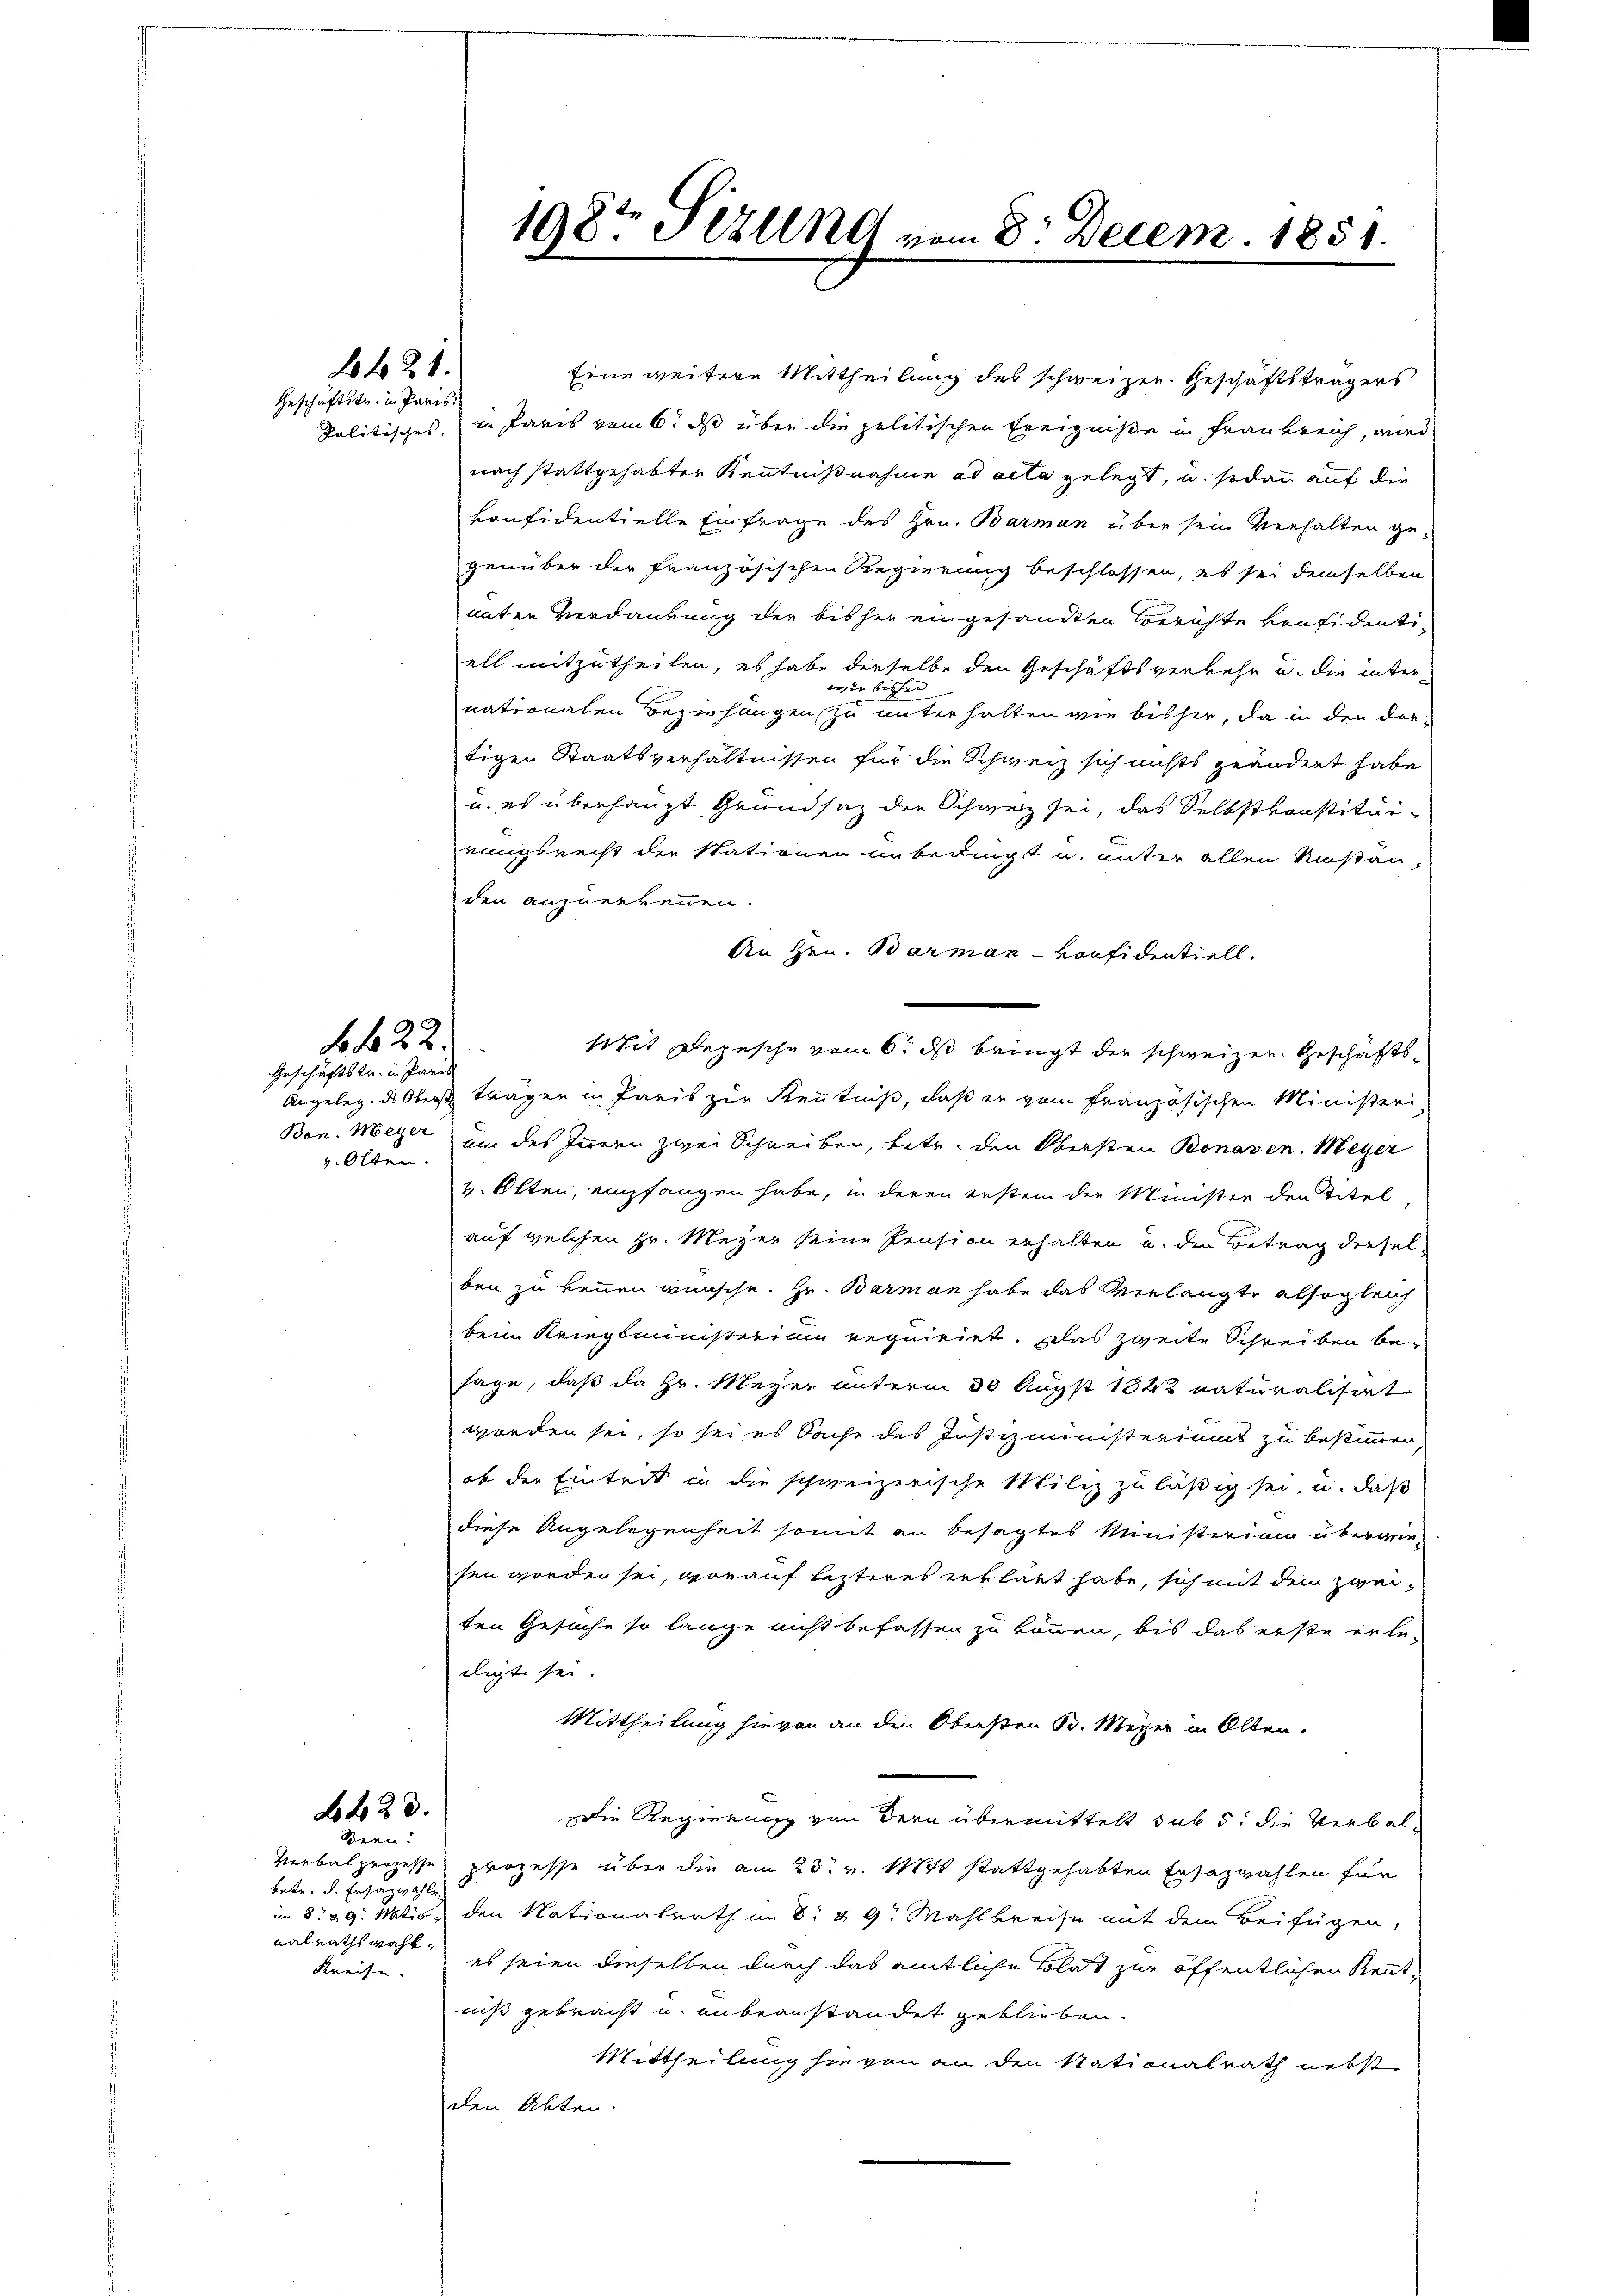
1421.
Geschäftstr. in Paris

v. Olten.

f 622.
Geschäftstr. in Pare

223.
Bern.

betr. d. Erzäzwahle
nalrathswahl
Kreise.

Eine weitere Mittheilung des schweizen. Geschäftsträgers
kolitisches, in Paris vom 6. ds über die politischen Ereigniße in Frankreich, wird
nach stattgehabter Kenntnißnahme ad acta gelegt, u. sodann auf die
konfidentielle Einfrage des Hrn. Barman über sein Verhalten gegenüber der französischen Regierung beschlossen, es sei demselben
nnten Verdankung der bisher eingesandten Berichte vonsidentiell mitzutheilen, es habe derselbe den Geschäftsverkehr u. die interwie bissen
nationalen Beziehungen zu unterhalten wie bisher, da in den dortigen Staatsverhältnissen für die Schweiz sich nichts geändert habe
u. es überhaupt Grundsaz die Schweiz sei, das Selbstkonstituirungsrecht der Stationen unbedingt u. unter allen Umstanden anzuerkennen.
An Hrn. Barman-Konfidentiell.
shit Depesche vom 6. ds bringt der schweizer. Geschäfts¬
Angeleg. des Oberst trägen in Paris zur Kenntniß, daß er vom französischen Ministeri
Ben. Meyer um des Innern zwei Schreiben, betr. den Obersten Bonaven. Meyer
v. Olten, empfangen habe, in deren erstem der Minister den Titel
auf welchen Hr. Meyer seine Pension erhalten u. den Betrag dieselben zu kennen wünsche. Hr. Barman habe das Verlangte alsogleich
beim Kriegsministerium requiriet. Das zweite Schreiben besage, daß da Hr. Meyer unterm 30 Augst 1822 naturalisiert
worden sei, so sei es Sache des Justizministeriums zu bestimmen,
ob der Eintrit in die schweizerische Miliz zuläßig sei, u. daß
diese Angelegenheit somit an besagtes Ministerium überwie-
sen worden sei, worauf lezteres erklärt habe, sich mit dem zweiten Gesuche so lange nicht befassen zu können, bis das erste releiligt sei.
Mittheilung hievon an den Obersten 30. Meyer in Olten.
Die Regierung von dern übermittelt sub 5: die Verbal¬
Verbalprozesse prozesse über die am 23. v. Mts stattgehabten Ersazwahlen für
in § 29. Natio, den Nationalrath in 8 & 9. Mahlkreise mit dem Beifügen,
es seien dieselben durch das amtliche Blat zur öffentlichen Kenntniß gebracht u. unbeanstandet geblieben.
Mittheilung sie von an den Stationalrath nebst
den Akten.

198t Firung vom 8. Decem. 1851.